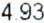
4.93